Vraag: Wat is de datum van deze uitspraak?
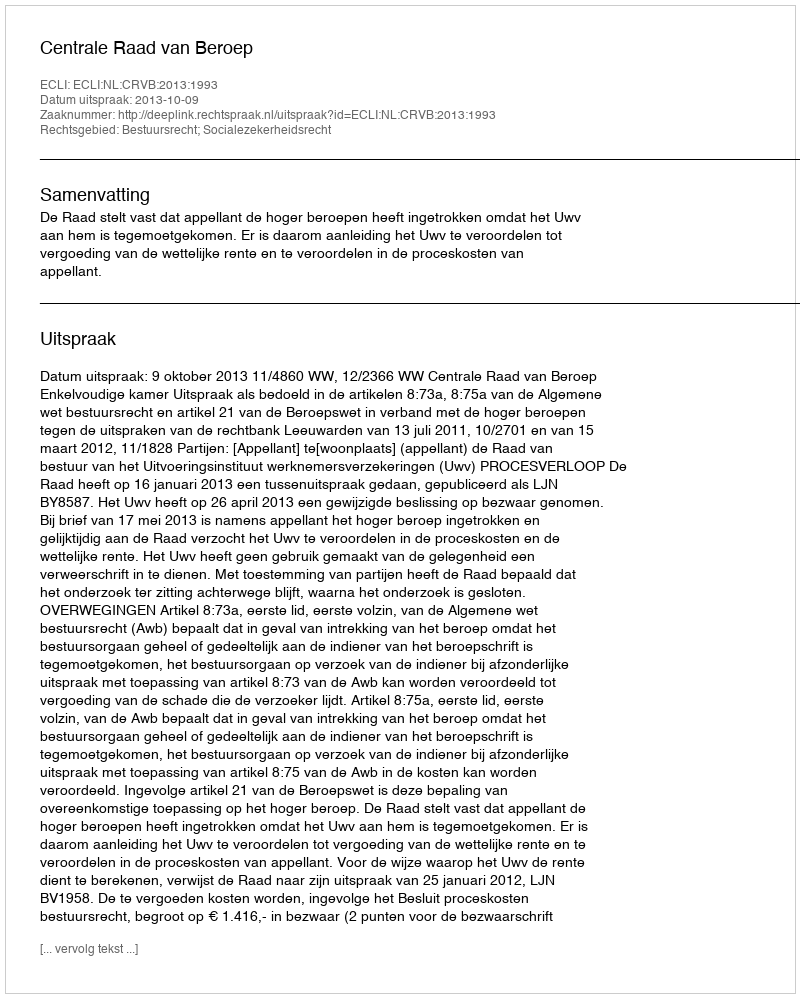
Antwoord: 2013-10-09